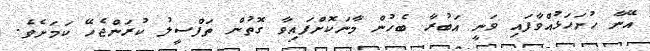
އޭނާ ހުށަހަޅުއްވާފައި ވަނީ އަބުރާ ބެހުން މާނަކޮށްފައިވާ ގޮތުން ތަފްސީލު ކުރަންޖެހޭ ކަމަށެވެ.